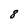
Character: 8